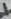
Text: 1